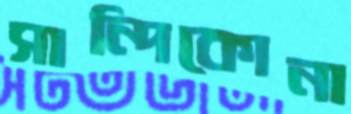
সান্দিকোনা